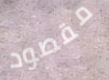
مقصود